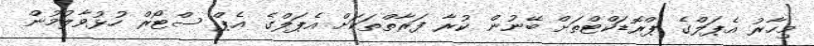
މިހާރު އެޕަލްގެ ޕްރޮޑަކްޓްތަށް ބޭނުން ކުރާ ފަރާތްތަކަށް އެޕަލްގެ އެޕް ސްޓޯރް ހުޅުވާލުމުން